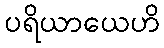
ပရိယာယေဟိ